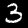
Digit: 3